Report on lock hospitals in British Burma
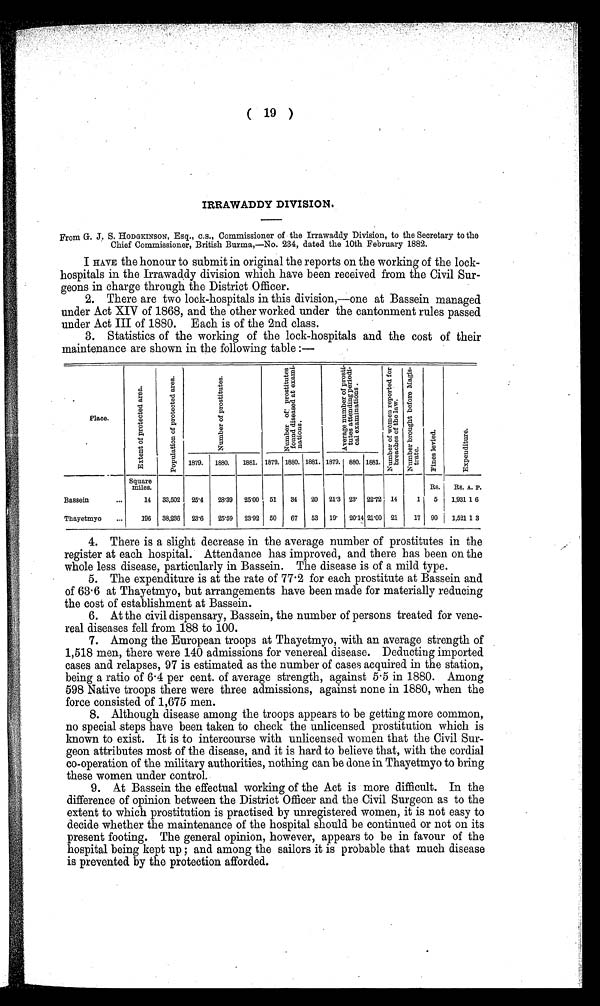
( 19 )
IRRAWADDY DIVISION.
From G. J. S. HODGKINSON, Esq., c.s., Commissioner of the Irrawaddy Division, to the Secretary to the
Chief Commissioner, British Burma,-No. 234, dated the 10th February 1882.
I HAVE the honour to submit in original the reports on the working of the lock-
hospitals in the Irrawaddy division which have been received from the Civil Sur-
geons in charge through the District Officer.
2. There are two lock-hospitals in this division,—one at Bassein managed
under Act XIV of 1868, and the other worked under the cantonment rules passed
under Act III of 1880. Each is of the 2nd class.
3. Statistics of the working of the lock-hospitals and the cost of their
maintenance are shown in the following table :—
Place.
E x t e n t o f p r o t e c t e d a r e a .
P o p u l a t i o n o f p r o t e c t e d a r e a .
N u b e r o f p r o s t i t u t e s .
N u m b e r o f p r o s t i t u t e s
f o u n d d i s e a s e d a t e x a m i -n
a t i o n s .
A v e r a g e n u m b e r o f p r o s t i -
t u t e s a t t e n d i n g p e r i o d i -
c a l e x a m i n a t i o n s .
N u m b e r o f w o m e n r e p o r t e d f o r
b r e a c h e s o f t h e l a w . N u m b e r b r o u g h t b e f o r e M a g i s -
trate.
F i n e s l e v i e d .
E x p e n d i t u r e .
1879.
1880.
1881. 1879. 1880. 1881. 1879. 880. 1881.
Square
miles.
Rs.
Rs. A. P.
Bassein
...
14 33,502 25.4
28.39 25.00 51
34
20 21.3 23. 22.72 14
1
5
1,931 1 6
Thayetmyo
...
196 38,236 23.6
25.59 23.92 50
67
53 19. 20'14 21.00 21
17 90
1,521 1 3
4. There is a slight decrease in the average number of prostitutes in the
register at each hospital. Attendance has improved, and there has been on the
whole less disease, particularly in Bassein. The disease is of a mild type.
5. The expenditure is at the rate of 77.2 for each prostitute at Bassein and
of 63.6 at Thayetmyo, but arrangements have been made for materially reducing
the cost of establishment at Bassein.
6. At the civil dispensary, Bassein, the number of persons treated for vene--
real diseases fell from 188 to 100.
7. Among the European troops at Thayetmyo, with an average strength of
1,518 men, there were 140 admissions for venereal disease. Deducting imported
cases and relapses, 97 is estimated as the number of cases acquired in the station,
being a ratio of 6 . 4 per cent. of average strength, against 5.5 in 1880. Among
598 Native troops there were three admissions, against none in 1880, when the
force consisted of 1,675 men.
8. Although disease among the troops appears to be getting more common,
no special steps have been taken to check the unlicensed prostitution which is
known to exist. It is to intercourse with unlicensed women that the Civil Sur-
geon attributes most of the disease, and it is hard to believe that, with the cordial
co-operation of the military authorities, nothing can be done in Thayetmyo to bring
these women under control.
9. At Bassein the effectual working of the Act is more difficult. In the
difference of opinion between the District Officer and the Civil Surgeon as to the
extent to which prostitution is practised by unregistered women, it is not easy to
decide whether the maintenance of the hospital should be continued or not on its
present footing. The general opinion, however, appears to be in favour of the
hospital being kept up ; and among the sailors it is probable that much disease
is prevented by the protection afforded.